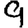
Digit: 9